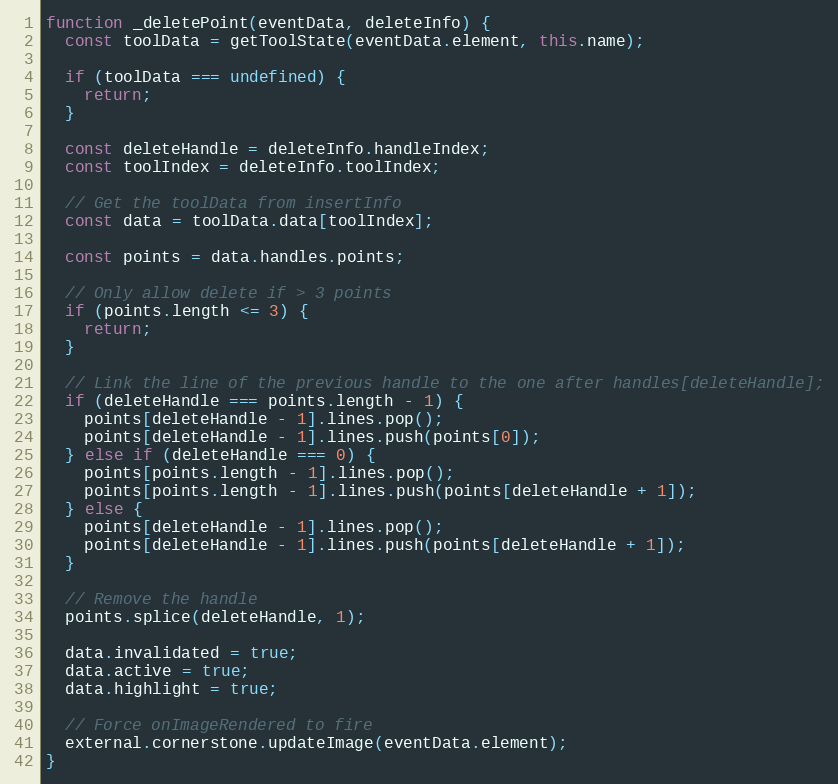
Language: JavaScript
function _deletePoint(eventData, deleteInfo) {
  const toolData = getToolState(eventData.element, this.name);

  if (toolData === undefined) {
    return;
  }

  const deleteHandle = deleteInfo.handleIndex;
  const toolIndex = deleteInfo.toolIndex;

  // Get the toolData from insertInfo
  const data = toolData.data[toolIndex];

  const points = data.handles.points;

  // Only allow delete if > 3 points
  if (points.length <= 3) {
    return;
  }

  // Link the line of the previous handle to the one after handles[deleteHandle];
  if (deleteHandle === points.length - 1) {
    points[deleteHandle - 1].lines.pop();
    points[deleteHandle - 1].lines.push(points[0]);
  } else if (deleteHandle === 0) {
    points[points.length - 1].lines.pop();
    points[points.length - 1].lines.push(points[deleteHandle + 1]);
  } else {
    points[deleteHandle - 1].lines.pop();
    points[deleteHandle - 1].lines.push(points[deleteHandle + 1]);
  }

  // Remove the handle
  points.splice(deleteHandle, 1);

  data.invalidated = true;
  data.active = true;
  data.highlight = true;

  // Force onImageRendered to fire
  external.cornerstone.updateImage(eventData.element);
}